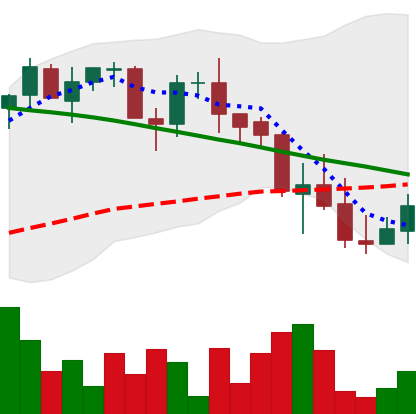
Ticker: LINK-USD
Chart end date: 2018-09-11
Forward return: 5.159%
Label: up_5_7